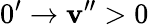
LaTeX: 0^{\prime}\rightarrow\mathbf{v}^{\prime\prime}>0